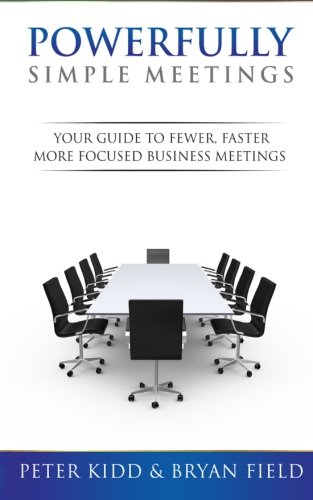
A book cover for Powerfully Simple Meetings: Your Guide For Fewer, Faster, More Focused Meetings; Peter Kidd; Business & Money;